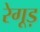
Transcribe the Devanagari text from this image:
रेगूड़